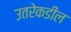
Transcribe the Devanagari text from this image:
उतरेकडील